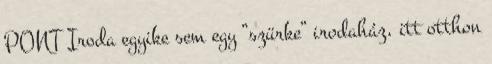
PONT Iroda egyike sem egy “szürke” irodaház, itt otthon